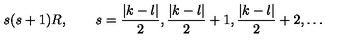
s ( s + 1 ) R , \qquad s = \frac { | k - l | } 2 , \frac { | k - l | } 2 + 1 , \frac { | k - l | } 2 + 2 , \ldots